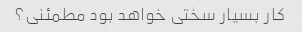
کار بسیار سختی خواهد بود مطمئنی؟